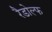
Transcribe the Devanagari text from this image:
रैडोल्फ